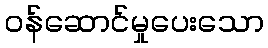
ဝန်ဆောင်မှုပေးသော